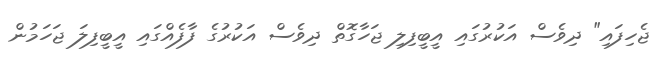
ޖެހިފައި" ދިވެސް އަކުރުގައި އީބީފިލި ޖަހާގޮތް ދިވެސް އަކުރުގެ ފާފެއްގައި އީބީފިލަ ޖަހަމުން